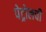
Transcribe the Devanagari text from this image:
पेट्रोलची